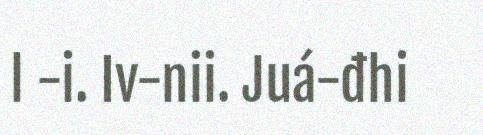
l -i. Iv-nii. Juá-đhi